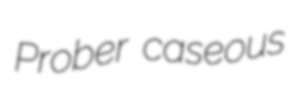
Prober caseous